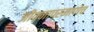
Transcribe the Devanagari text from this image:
जीवनाप्रमाणेच